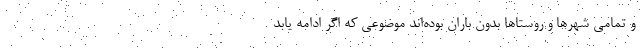
و تمامی شهرها و روستاها بدون باران بوده‌اند موضوعی که اگر ادامه یابد